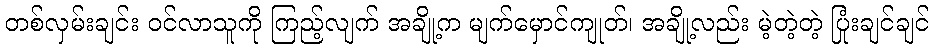
တစ်လှမ်းချင်း ဝင်လာသူကို ကြည့်လျက် အချို့က မျက်မှောင်ကျုတ်၊ အချို့လည်း မဲ့တဲ့တဲ့ ပြုံးချင်ချင်